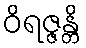
ဝိရဇ္ဇန္တိ